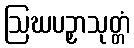
ဩဃပဉှာသုတ္တံ